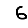
Digit: 6